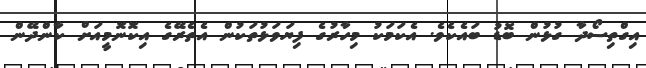
އިގްތިސޯދާ ގުޅުން ބޮޑު ބައެކެވެ. އެކަމަކު މިހާރުގެ ފިޔަވަޅުތަކުން އެތެރޭގެ އިކޮނޮމީއަށް ކާންދޭން